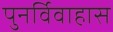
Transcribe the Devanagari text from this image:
पुनर्विवाहास